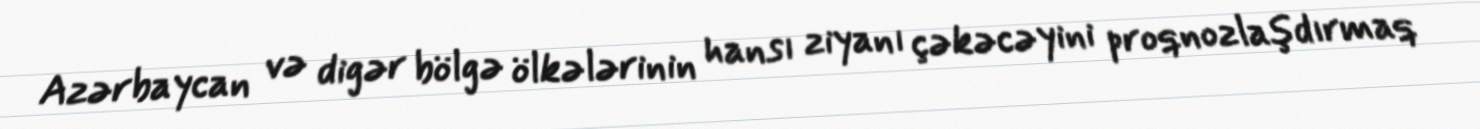
Azərbaycan və digər bölgə ölkələrinin hansı ziyanı çəkəcəyini proqnozlaşdırmaq